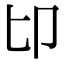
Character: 𠨐